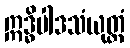
ဣဒ္ဓိပါဒသံယုတ္တံ